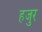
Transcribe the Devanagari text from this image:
हजुर